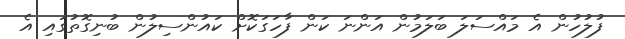
ފުލުހުން އެ މައްސަލަ ބަލަމުން އަންނަ ކަން ފާހަގަކޮށް ކައުންސިލުން ބުނިގޮތުގައި އެ